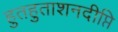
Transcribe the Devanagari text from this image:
हुतहुताशनदीप्ति